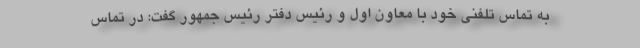
به تماس تلفنی خود با معاون اول و رئیس دفتر رئیس جمهور گفت: در تماس